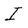
Character: I